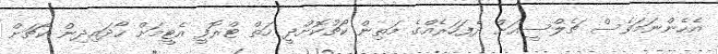
އެހެންނަމަވެސް ޗެލްސީއަށް ދެފަހަރެއްގެ މަތިން ކޯޗުކޮށްދީ ހަތް ޓްރޮފީ އެޓީމަށް ހޯދައިދިން ކޯޗަށް